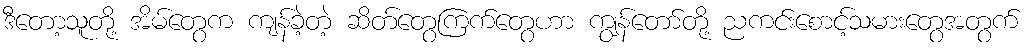
ဒီတော့သူတို့ အိမ်တွေက ကျန်ခဲ့တဲ့ ဆိတ်တွေကြက်တွေဟာ ကျွန်တော်တို့ ညကင်းစောင့်သမားတွေအတွက်